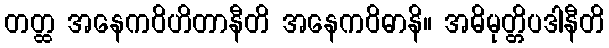
တတ္ထ အနေကဝိဟိတာနီတိ အနေကဝိဓာနိ။ အဓိမုတ္တိပဒါနီတိ